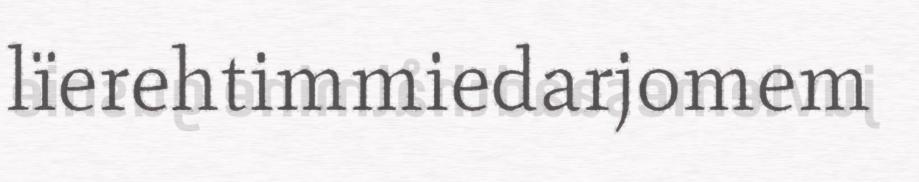
lïerehtimmiedarjomem